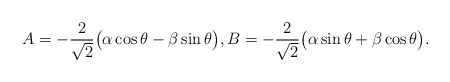
\begin{align*}A=-\frac{2}{\sqrt{2}}\big(\alpha \cos \theta-\beta \sin \theta\big),B=-\frac{2}{\sqrt{2}}\big(\alpha \sin \theta+ \beta \cos \theta\big).\end{align*}